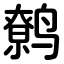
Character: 鹩